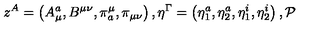
z ^ { A } = \left( A _ { \mu } ^ { a } , B ^ { \mu \nu } , \pi _ { a } ^ { \mu } , \pi _ { \mu \nu } \right) , \eta ^ { \Gamma } = \left( \eta _ { 1 } ^ { a } , \eta _ { 2 } ^ { a } , \eta _ { 1 } ^ { i } , \eta _ { 2 } ^ { i } \right) , { \cal P }